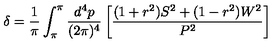
\delta = \frac { 1 } { \pi } \int _ { \pi } ^ { \pi } \frac { d ^ { 4 } p } { ( 2 \pi ) ^ { 4 } } \left[ \frac { ( 1 + r ^ { 2 } ) S ^ { 2 } + ( 1 - r ^ { 2 } ) W ^ { 2 } } { P ^ { 2 } } \right]